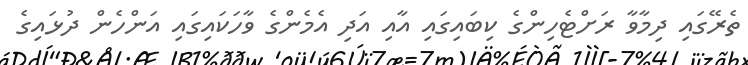
ތެރޭގައި ދިމާވާ ރަށްޓެހިންގެ ކިބައިގައި އާއި އަދި އެމެންގެ ވާހަކައިގައި އަންހެން ދުޅައިގެ